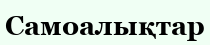
Самоалықтар